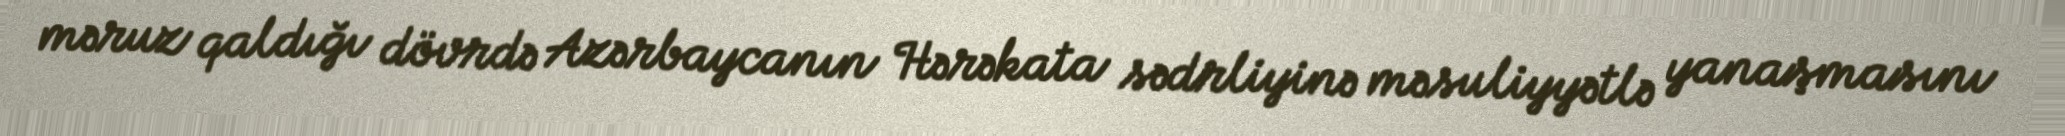
məruz qaldığı dövrdə Azərbaycanın Hərəkata sədrliyinə məsuliyyətlə yanaşmasını